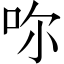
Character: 𠰚